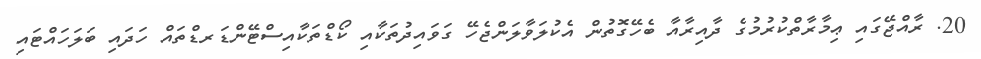
20. ރާއްޖޭގައި ޢިމާރާތްކުރުމުގެ ދާއިރާއާ ބެހޭގޮތުން އެކުލަވާލަންޖެހޭ ގަވައިދުތަކާއި ކޯޑްތަކާއިސްޓޭންޑަރޑްތައް ހަދައި ބަލަހައްޓައި